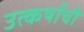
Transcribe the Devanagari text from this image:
उत्कर्षाची